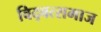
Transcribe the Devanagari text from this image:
विद्‍वत्समाज